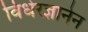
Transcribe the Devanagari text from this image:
विधेरज्ञानेन